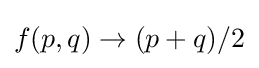
f(p,q)\rightarrow (p+q)/2